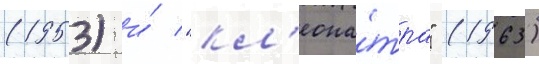
(1953) и́ "кл'еопа́тра" (1963)